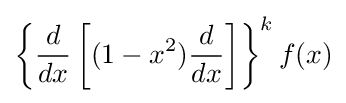
\left\{{\frac {d}{dx}}\left[(1-x^{2}){\frac {d}{dx}}\right]\right\}^{k}f(x)